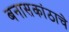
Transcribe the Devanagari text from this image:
बनासकांठाचे